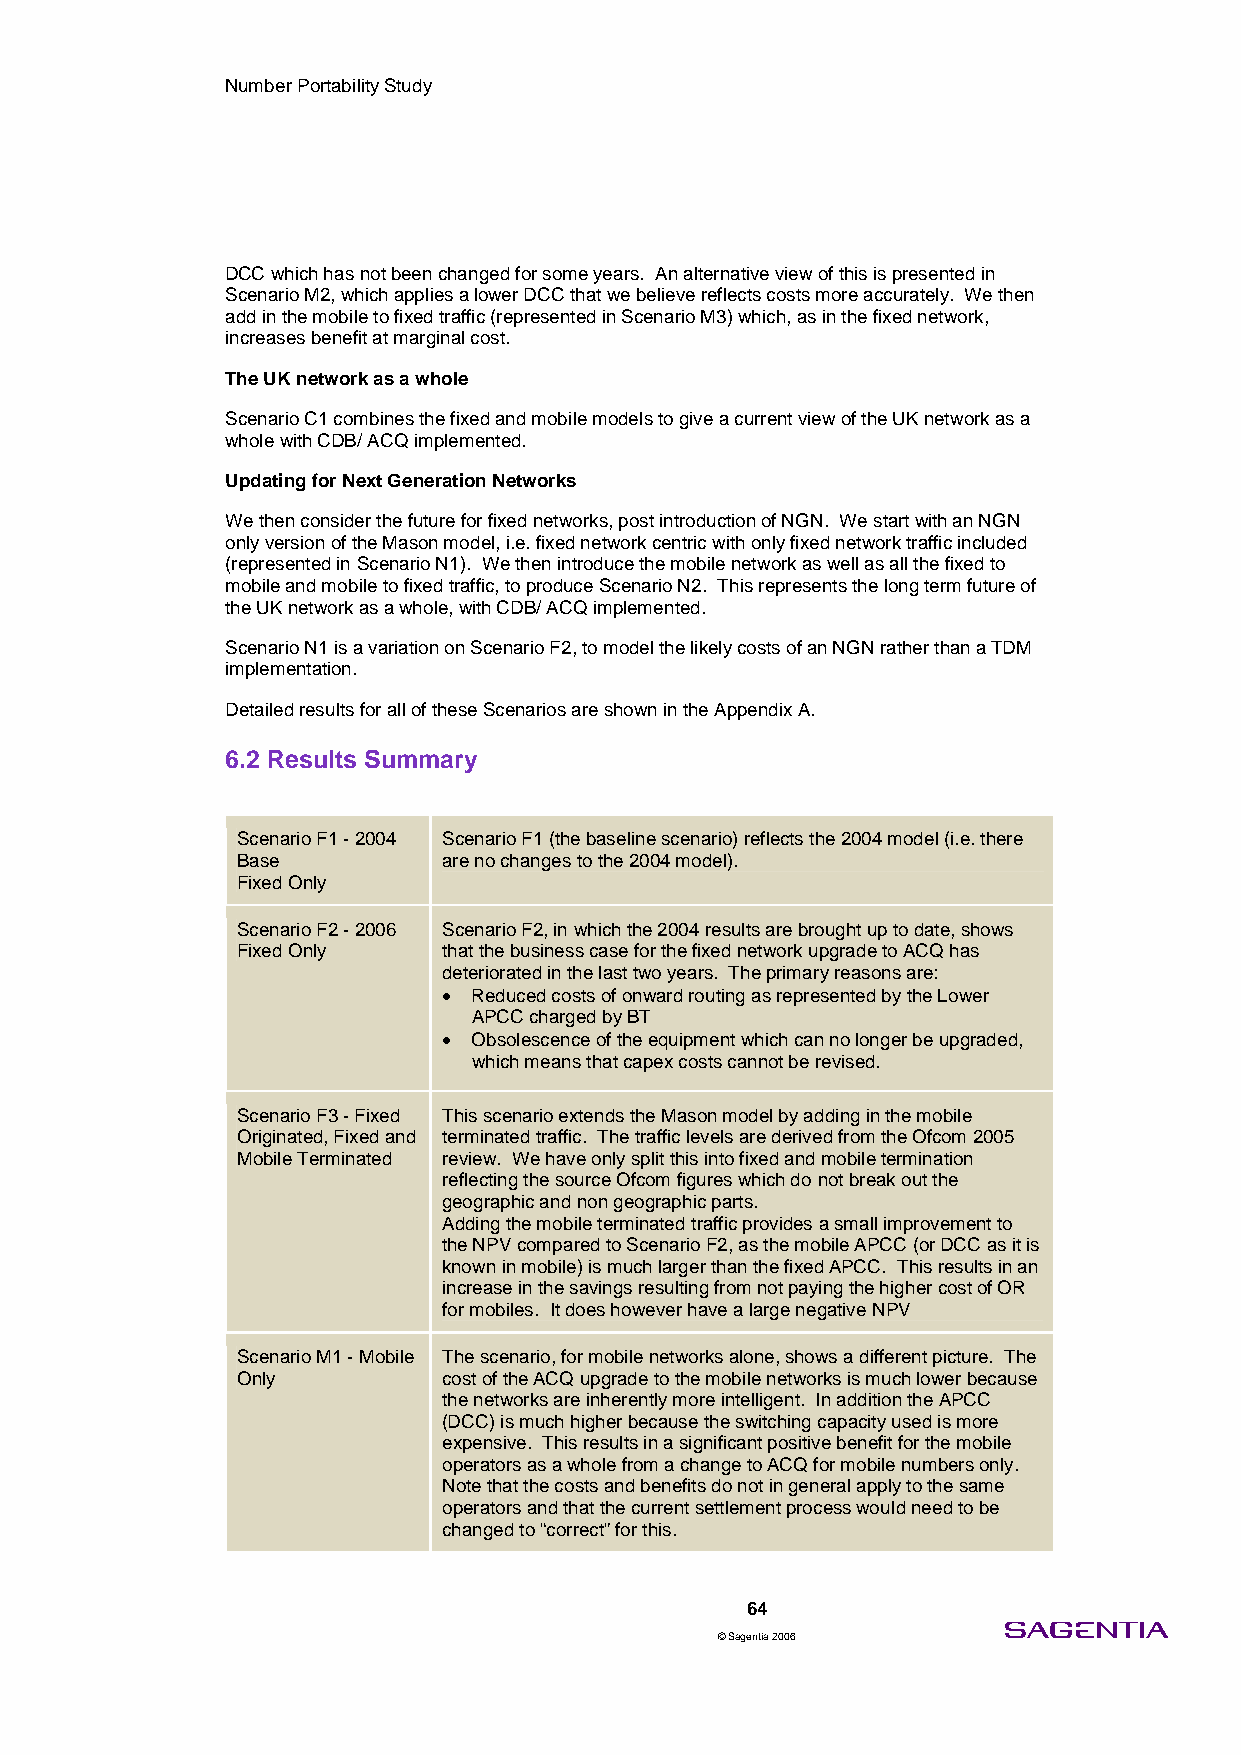
Number Portability Study
 DCC which has not been changed for some years. An alternative view of this is presented in
 Scenario M2, which applies a lower DCC that we believe reflects costs more accurately. We then
 add in the mobile to fixed traffic (represented in Scenario M3) which, as in the fixed network,
 increases benefit at marginal cost.
 The UK network as a whole
 Scenario C1 combines the fixed and mobile models to give a current view of the UK network as a
 whole with CDB/ ACQ implemented.
 Updating for Next Generation Networks
 We then consider the future for fixed networks, post introduction of NGN. We start with an NGN
 only version of the Mason model, i.e. fixed network centric with only fixed network traffic included
 (represented in Scenario N1). We then introduce the mobile network as well as all the fixed to
 mobile and mobile to fixed traffic, to produce Scenario N2. This represents the long term future of
 the UK network as a whole, with CDB/ ACQ implemented.
 Scenario N1 is a variation on Scenario F2, to model the likely costs of an NGN rather than a TDM
 implementation.
 Detailed results for all of these Scenarios are shown in the Appendix A.
 6.2 Results Summary
 Scenario F1 - 2004 Scenario F1 (the baseline scenario) reflects the 2004 model (i.e. there
 Base         are no changes to the 2004 model).
 Fixed Only
 Scenario F2 - 2006 Scenario F2, in which the 2004 results are brought up to date, shows
 Fixed Only   that the business case for the fixed network upgrade to ACQ has
 deteriorated in the last two years. The primary reasons are:
 • Reduced costs of onward routing as represented by the Lower
 APCC charged by BT
 • Obsolescence of the equipment which can no longer be upgraded,
 which means that capex costs cannot be revised.
 Scenario F3 - Fixed This scenario extends the Mason model by adding in the mobile
 Originated, Fixed and terminated traffic. The traffic levels are derived from the Ofcom 2005
 Mobile Terminated review. We have only split this into fixed and mobile termination
 reflecting the source Ofcom figures which do not break out the
 geographic and non geographic parts.
 Adding the mobile terminated traffic provides a small improvement to
 the NPV compared to Scenario F2, as the mobile APCC (or DCC as it is
 known in mobile) is much larger than the fixed APCC. This results in an
 increase in the savings resulting from not paying the higher cost of OR
 for mobiles. It does however have a large negative NPV
 Scenario M1 - Mobile The scenario, for mobile networks alone, shows a different picture. The
 Only         cost of the ACQ upgrade to the mobile networks is much lower because
 the networks are inherently more intelligent. In addition the APCC
 (DCC) is much higher because the switching capacity used is more
 expensive. This results in a significant positive benefit for the mobile
 operators as a whole from a change to ACQ for mobile numbers only.
 Note that the costs and benefits do not in general apply to the same
 operators and that the current settlement process would need to be
 changed to “correct” for this.
 64
 © Sagentia 2006